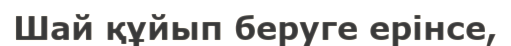
Шай құйып беруге ерінсе,